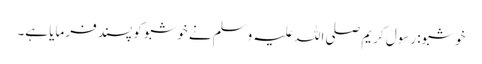
خوشبو: رسول کریم صلی اللہ علیہ وسلم نے خوشبو کو پسند فرمایا ہے۔